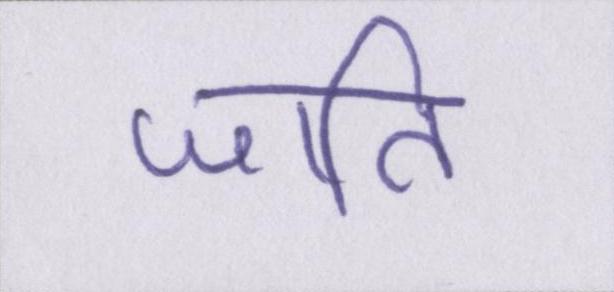
जाति